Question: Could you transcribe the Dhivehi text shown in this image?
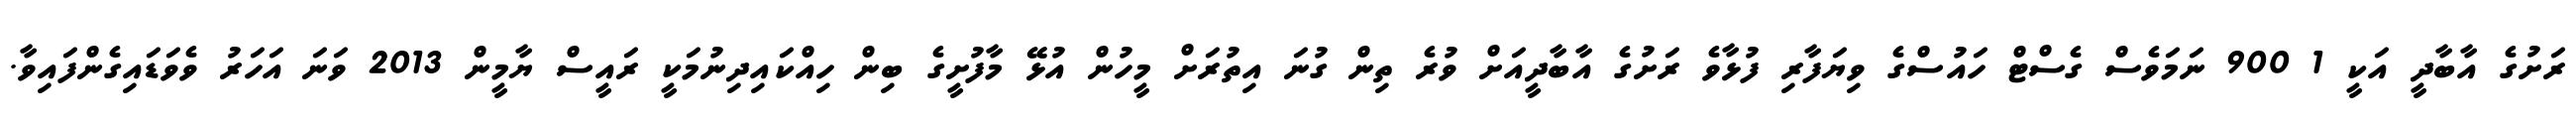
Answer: ރަށުގެ އާބާދީ އަކީ 1 900 ނަމަވެސް ގެސްޓް ހައުސްގެ ވިޔަފާރި ފުޅާވެ ރަށުގެ އާބާދީއަށް ވުރެ ތިން ގުނަ އިތުރަށް މީހުން އުޅޭ މާފުށީގެ ބިން ހިއްކައިދިނުމަކީ ރައީސް ޔާމީން 2013 ވަނަ އަހަރު ވެވަޑައިގެންފައިވާ.